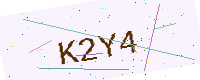
Text: K2Y4